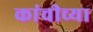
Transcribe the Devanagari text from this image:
कांचीच्या